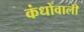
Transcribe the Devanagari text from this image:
कंधोंवाली